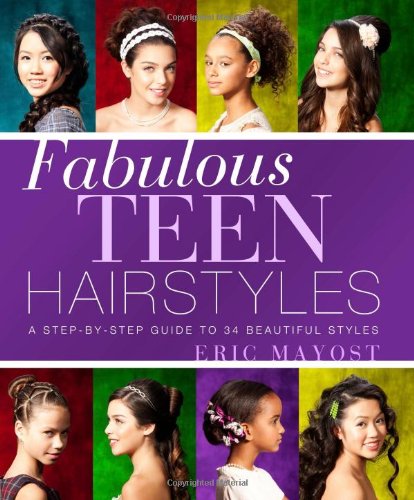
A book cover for Fabulous Teen Hairstyles: A Step-by-Step Guide to 34 Beautiful Styles; Eric Mayost; Health, Fitness & Dieting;